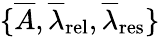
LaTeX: \{ \overline{{A}},\overline{{\lambda}}_{\mathrm{{rel}}},\overline{{\lambda}}_{\mathrm{{res}}}\}